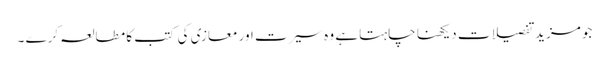
جو مزید تفصیلات دیکھنا چاہتا ہے وہ سیرت اور معازی کی کتب کا مطالعہ کرے ۔